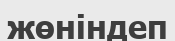
жөніндеп